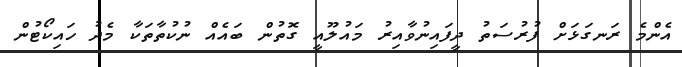
އެންމެ ރަނގަޅަށް ފުރުސަތު ދީފައިނުވާއިރު މައުލޫއީ ގޮތުން ބައެއް ނުކުތާތަކާ މެދު ހައިކޯޓުން